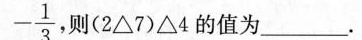
- \frac{1}{3}$$ 则(2\bigtriangleup7)\bigtriangleup4的值为___。